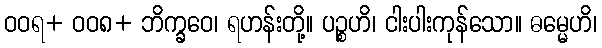
ဝဝရ+ ဝဝ၈+ ဘိက္ခဝေ၊ ရဟန်းတို့။ ပဉ္စဟိ၊ ငါးပါးကုန်သော။ ဓမ္မေဟိ၊